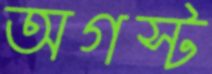
অগস্ট